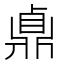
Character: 鼑